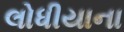
લોધીયાના